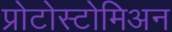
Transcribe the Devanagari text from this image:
प्रोटोस्टोमिअन